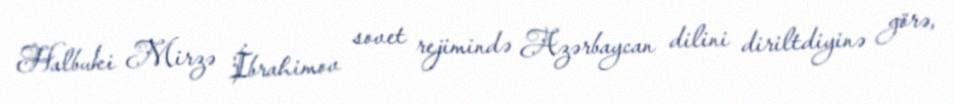
Halbuki Mirzə İbrahimov sovet rejimində Azərbaycan dilini diriltdiyinə görə,